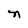
Character: n